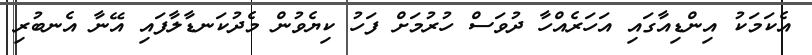
އެކަމަކު އިންޑިއާގައި އަހަރެއްހާ ދުވަސް ހުރުމަށް ފަހު ކިޔެވުން މެދުކަނޑާލާފައި އޭނާ އެނބުރި